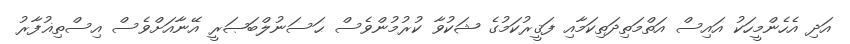
އަދި އެހެންމީހަކު އައިސް އަތްމަތިދަތިކަމާއި ފަޤީރުކަމުގެ ޝަކުވާ ކުރުމުންވެސް ޙަސަނުލްބަޞަރީ އޭނާއަށްވެސް އިސްތިޣުފާރު